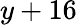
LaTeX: y+16